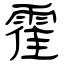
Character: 霍